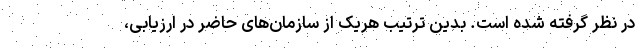
در نظر گرفته شده است. بدین ترتیب هریک از سازمان‌های حاضر در ارزیابی،